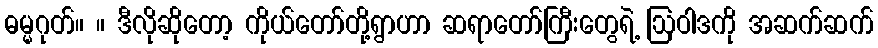
ဓမ္မဂုတ်။ ။ ဒီလိုဆိုတော့ ကိုယ်တော်တို့ရွာဟာ ဆရာတော်ကြီးတွေရဲ့ ဩဝါဒကို အဆက်ဆက်